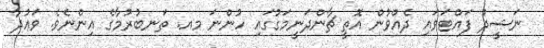
ނަޝީދު ފައްޓަވައި ދެއްވުން އޮތީ ޗާންދަނީމަގުގައި ހުންނަ މއ. ތަނބުރުމާގެ އިންނެވެ. ވަޢުދާ